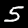
Label: 5